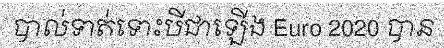
បាល់ទាត់ទោះបីជាឡើង Euro 2020 បាន